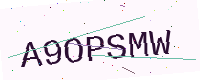
Text: A9OPSMW